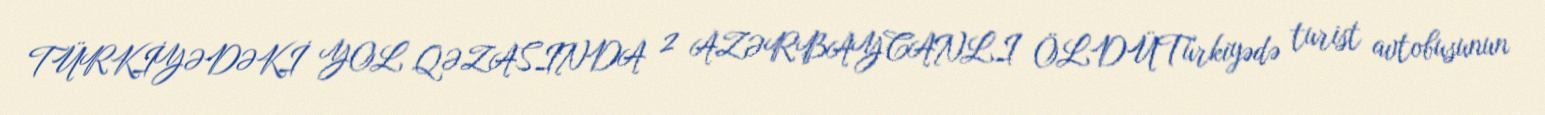
TÜRKİYƏDƏKİ YOL QƏZASINDA 2 AZƏRBAYCANLI ÖLDÜTürkiyədə turist avtobusunun